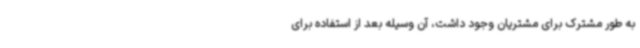
به طور مشترک برای مشتریان وجود داشت، آن وسیله بعد از استفاده برای